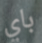
باي